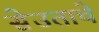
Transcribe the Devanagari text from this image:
सेउताचे